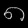
Digit: ၈